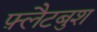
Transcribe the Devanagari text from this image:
फ़्लैटबुश